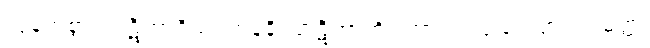
လွန်ကဲစွာ။ ပါဋိဟာရိယံ၊ တန်ခိုးပြာဋိဟာကို။ ကာတုံ၊ ပြုခြင်းငှာ။ သမတ္ထံ၊